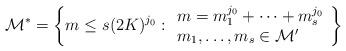
LaTeX: \begin{align*}\mathcal{M}^*=\left\{ m \leq s(2K)^{j_0}:\begin{array}{l}m = m_1^{j_0} + \dots + m_s^{j_0} \\m_1, \dots, m_s \in \mathcal{M}'\end{array}\right\}\end{align*}